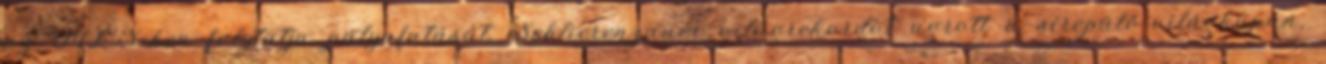
az MLS-ben folytatja pályafutását. Schlierenzauer világrekordot ugrott a sírepülő-világkupán,